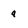
Character: a